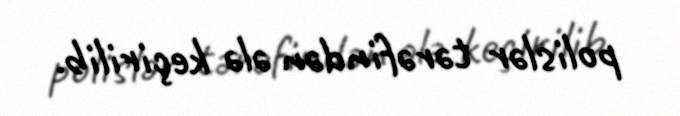
polislər tərəfindən ələ keçirilib.